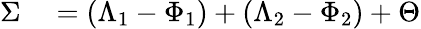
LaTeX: \begin{array}{rl}{\Sigma}&{{}=\left(\Lambda_{1}-\Phi_{1}\right)+\left(\Lambda_{2}-\Phi_{2}\right)+\Theta}\end{array}